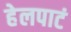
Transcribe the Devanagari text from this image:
हेलपाटं